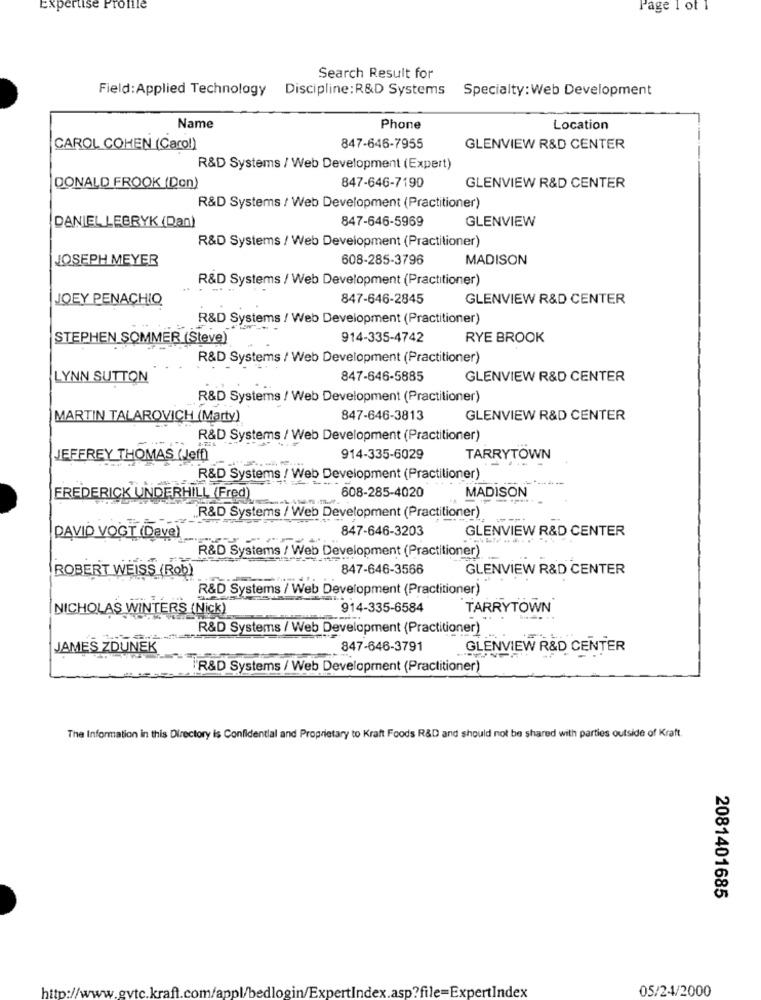
Expertise Profile
Page 1 of 1
Search Result for
Field: Applied Technology Discipline:R&D Systems
Specialty:Web Development
Name
Phone
Location
CAROL COHEN (Carol)
847-646-7955
GLENVIEW R&D CENTER
R&D Systems / Web Development (Expert)
DONALD FROOK (Don)
847-646-7190
GLENVIEW R&D CENTER
R&D Systems / Web Development (Practitioner)
847-646-5969
GLENVIEW
DANIEL LEBRYK (Dan)
R&D Systems / Web Development (Practitioner)
JOSEPH MEYER
608-285-3796
MADISON
R&D Systems / Web Development (Practitioner)
JOEY PENACHIO
847-646-2845
GLENVIEW R&D CENTER
R&D Systems / Web Development (Practitioner)
STEPHEN SOMMER (Steve)
914-335-4742
RYE BROOK
R&D Systems / Web Development (Practitioner)
LYNN SUTTON
847-646-5885
GLENVIEW R&D CENTER
R&D Systems / Web Development (Practitioner)
MARTIN TALAROVICH (Marty)
847-646-3813
GLENVIEW R&D CENTER
R&D Systems / Web Development (Practitioner)
JEFFREY THOMAS (Jeff)
914-335-6029
TARRYTOWN
R&D Systems / Web Development (Practitioner)
MADISON
FREDERICK UNDERHILL (Fred)
608-285-4020
R&D Systems / Web Development (Practitioner)
847-646-3203
GLENVIEW R&D CENTER
DAVID VOGT (Dave)
----
R&D Systems / Web Development (Practitioner)
ROBERT WEISS (Rob)
847-646-3566
GLENVIEW R&D CENTER
R&D Systems / Web Development (Practitioner)
NICHOLAS WINTERS (Nick)
914-335-6584
TARRYTOWN
R&D Systems / Web Development (Practitioner)
JAMES ZDUNEK
847-646-3791
GLENVIEW R&D CENTER
.R&D Systems / Web Development (Practitioner)
The Information in this Directory is Confidential and Proprietary to Kraft Foods R&D and should not be shared with parties outside of Kraft.
2081401685
http://www.gvtc.kraft.com/appl/bedlogin/ExpertIndex.asp?file=ExpertIndex
05/24/2000